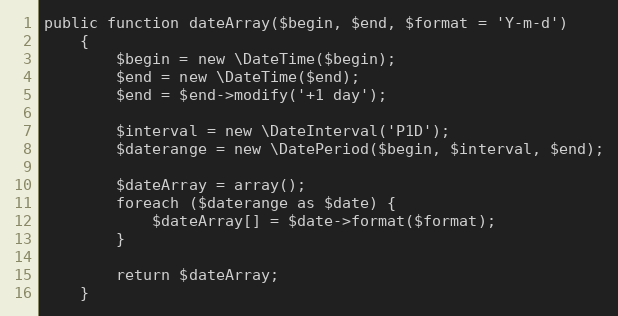
Language: PHP
public function dateArray($begin, $end, $format = 'Y-m-d')
    {
        $begin = new \DateTime($begin);
        $end = new \DateTime($end);
        $end = $end->modify('+1 day');

        $interval = new \DateInterval('P1D');
        $daterange = new \DatePeriod($begin, $interval, $end);

        $dateArray = array();
        foreach ($daterange as $date) {
            $dateArray[] = $date->format($format);
        }

        return $dateArray;
    }